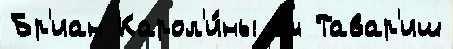
Бр'иан Карол'и́ны см Тавар'иш